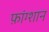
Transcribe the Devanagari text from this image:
फ़ांग्शान